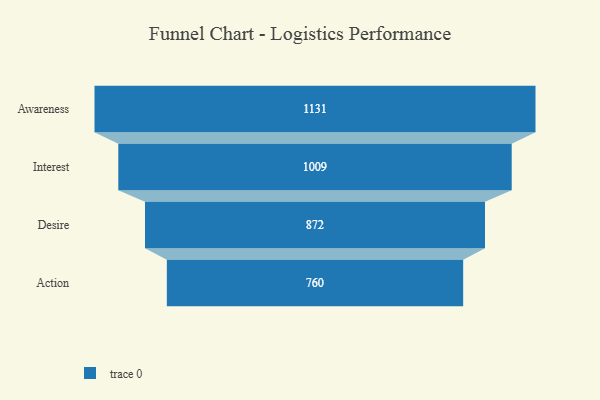
{"axis": {"x": "Stage", "y": "Value"}, "legend": [""], "data": [{"x": "Awareness", "y": 1131.0, "type": ""}, {"x": "Interest", "y": 1009.0, "type": ""}, {"x": "Desire", "y": 872.0, "type": ""}, {"x": "Action", "y": 760.0, "type": ""}]}